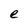
Character: e